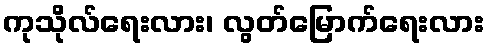
ကုသိုလ်ရေးလား၊ လွတ်မြောက်ရေးလား